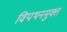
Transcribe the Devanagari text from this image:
विपथनमुक्त